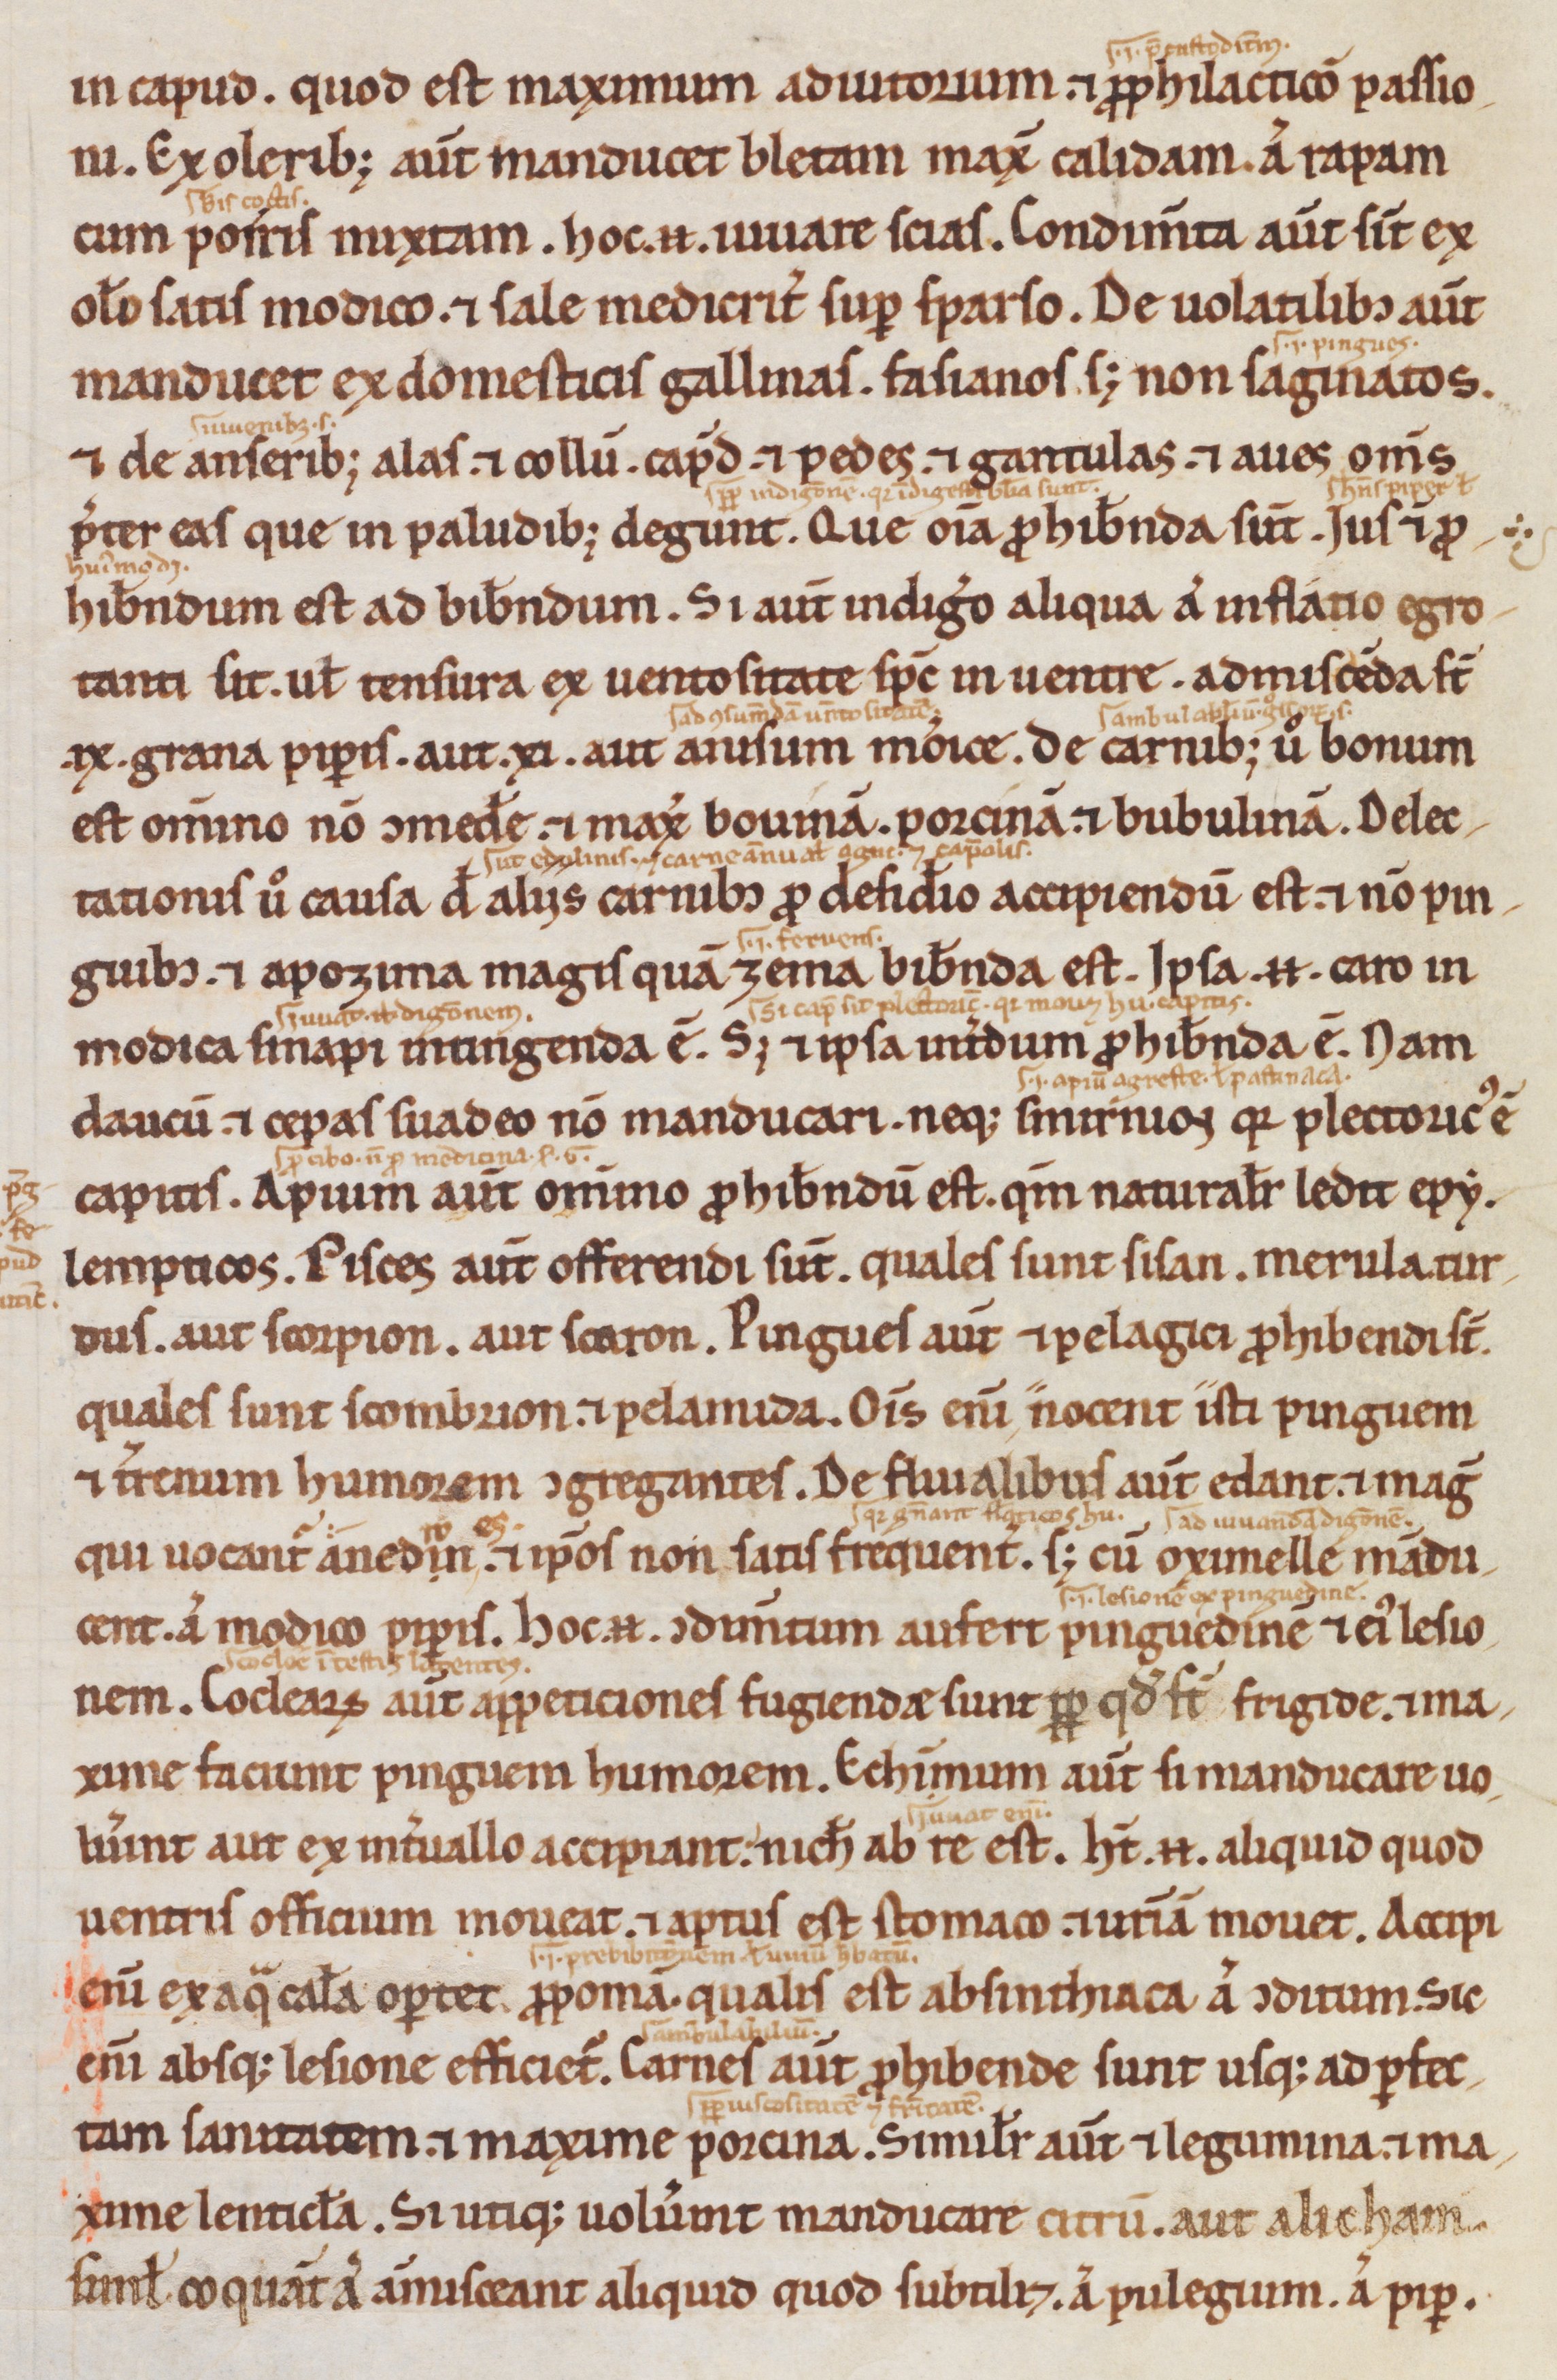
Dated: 1200–1299